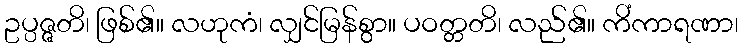
ဥပ္ပဇ္ဇတိ၊ ဖြစ်၏။ လဟုကံ၊ လျှင်မြန်စွာ။ ပဝတ္တတိ၊ လည်၏။ ကိံကာရဏာ၊